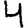
Digit: 4